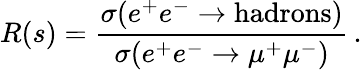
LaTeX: R(s)={\frac{\sigma(e^{+}e^{-}\to\mathrm{hadrons})}{\sigma(e^{+}e^{-}\to\mu^{+}\mu^{-})}}\, .